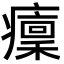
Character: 癛